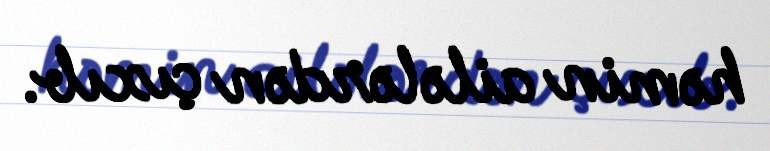
həmin ailələrdən çıxıb.